Leaving Certificate Examination (including Day School Certificate (Higher) General paper), 1937
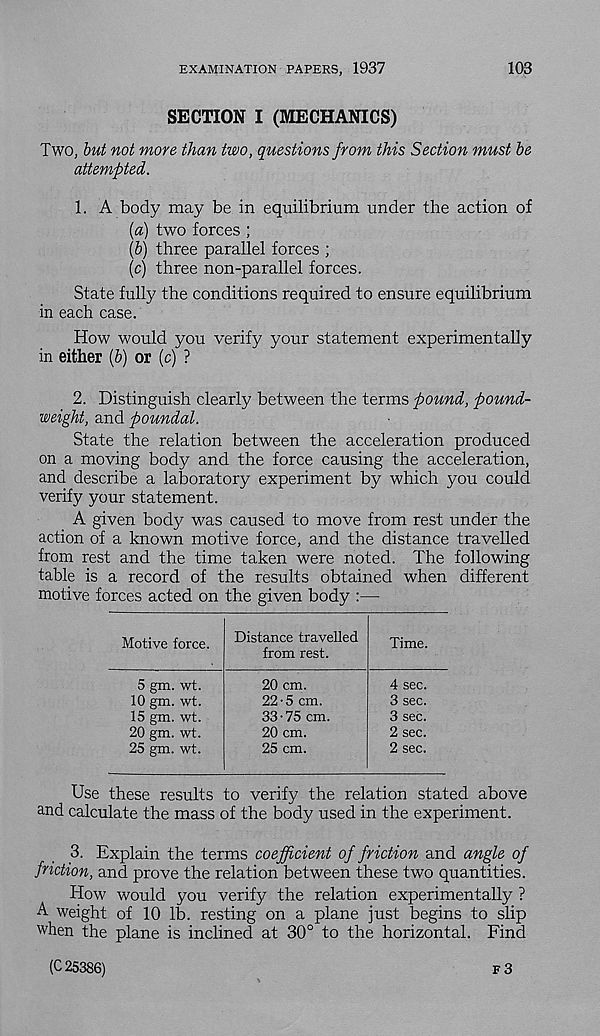
EXAMINATION PAPERS, 1937
103
SECTION I (MECHANICS)
Two, but not more than two, questions from this Section must be
attempted.
1. A body may be in equilibrium under the action of
{a) two forces ;
{b) three parallel forces ;
(c) three non-parallel forces.
State fully the conditions required to ensure equilibrium
in each case.
How would you verify your statement experimentally
in either (6) or (c) ?
2. Distinguish clearly between the terms pound, pound-
weight, and poundal.
State the relation between the acceleration produced
on a moving body and the force causing the acceleration,
and describe a laboratory experiment by which you could
verify your statement.
A given body was caused to move from rest under the
action of a known motive force, and the distance travelled
from rest and the time taken were noted. The following
table is a record of the results obtained when different
motive forces acted on the given body :—
Motive force.
Distance travelled
from rest.
Time.
5 gm. wt.
10 gm. wt.
15 gm. wt.
20 gm. wt.
25 gm. wt.
20 cm.
22-5 cm.
33-75 cm.
20 cm.
25 cm.
4 sec.
3 sec.
3 sec.
2 sec.
2 sec.
Use these results to verify the relation stated above
and calculate the mass of the body used in the experiment.
_3. Explain the terms coefficient of friction and angle of
friction, and prove the relation between these two quantities.
How would you verify the relation experimentally ?
A weight of 10 lb. resting on a plane just begins to slip
when the plane is inclined at 30° to the horizontal. Find
(C 25386)
F 3